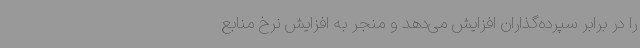
را در برابر سپرده‌گذاران افزایش می‌دهد و منجر به افزایش نرخ منابع